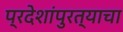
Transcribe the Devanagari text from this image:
प्रदेशांपुरत्याचा